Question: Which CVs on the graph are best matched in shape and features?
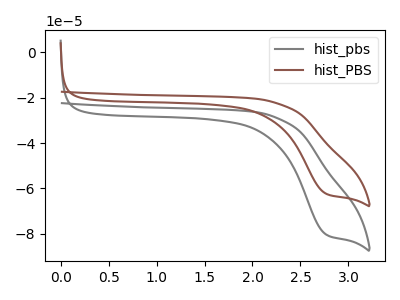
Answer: <think>The gray curve "hist_pbs" has a cathodic peak at: (2.75V, -80.30uA). The brown curve "hist_PBS" has a cathodic peak at: (2.75V, -62.30uA).
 All the peaks in "hist_pbs" have a peak in "hist_PBS" at the same potential. Every peak in "hist_pbs" is higher than every peak in "hist_PBS".</think>
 <answer>"hist_pbs" and "hist_PBS" have the same shape and are likely CV's of the same chemical.</answer>
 <eval>"hist_pbs" "hist_PBS"</eval>